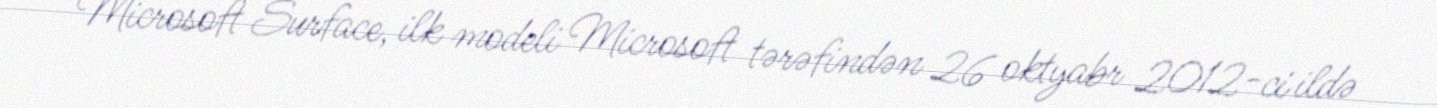
Microsoft Surface, ilk modeli Microsoft tərəfindən 26 oktyabr 2012-ci ildə